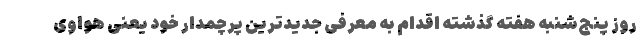
روز پنج‌شنبه هفته گذشته اقدام به معرفی جدیدترین پرچمدار خود یعنی هواوی